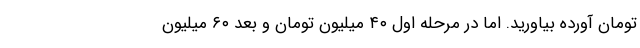
تومان آورده بیاورید. اما در مرحله اول ۴۰ میلیون تومان و بعد ۶۰ میلیون